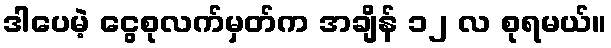
ဒါပေမဲ့ ငွေစုလက်မှတ်က အချိန် ၁၂ လ စုရမယ်။